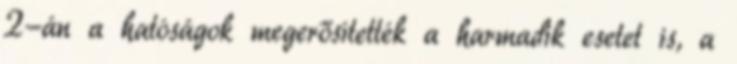
2-án a hatóságok megerősítették a harmadik esetet is, a